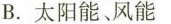
B.太阳能、风能